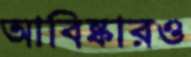
আবিষ্কারও